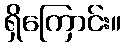
ရှိကြောင်း။